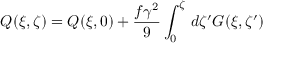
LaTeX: Q ( \xi , \zeta ) = Q ( \xi , 0 ) + \frac { f \gamma ^ { 2 } } { 9 } \int _ { 0 } ^ { \zeta } \, d \zeta ^ { \prime } G ( \xi , \zeta ^ { \prime } )